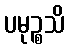
ပမုဉ္စသိ